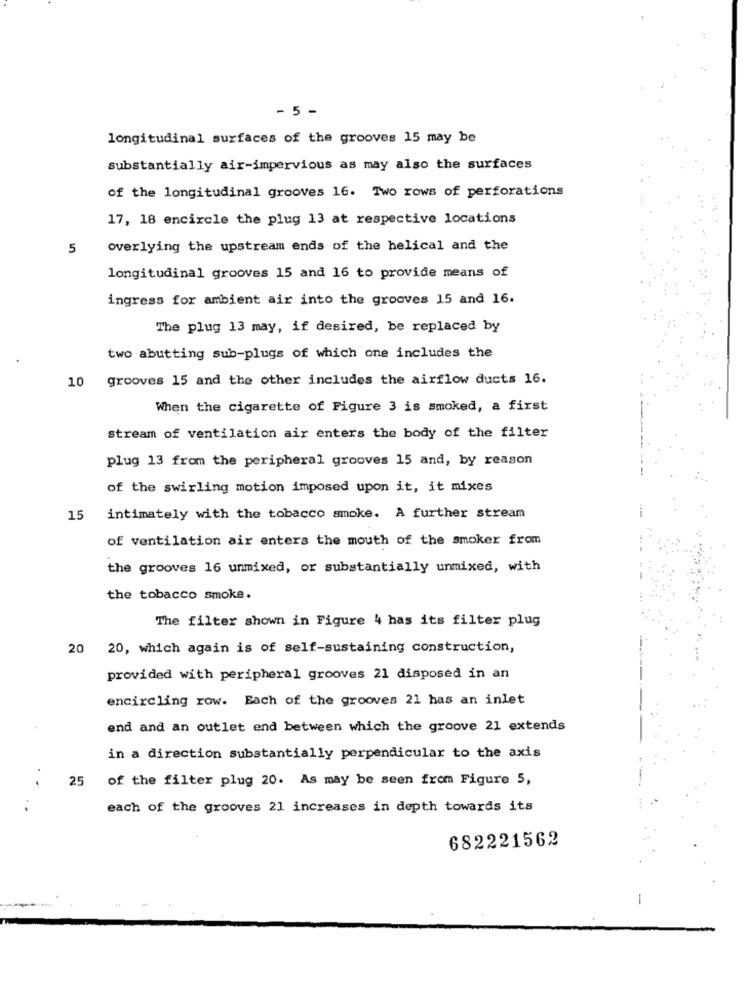
- 5 -
longitudinal surfaces of the grooves 15 may be
substantially air-impervious as may also the surfaces
of the longitudinal grooves 16. Two rows of perforations
17, 18 encircle the plug 13 at respective locations
5
overlying the upstream ends of the helical and the
longitudinal grooves 15 and 16 to provide means of
ingress for ambient air into the grooves 15 and 16.
The plug 13 may, if desired, be replaced by
two abutting sub-plugs of which one includes the
10 grooves 15 and the other includes the airflow ducts 16.
When the cigarette of Figure 3 is smoked, a first
stream of ventilation air enters the body of the filter
plug 13 from the peripheral grooves 15 and, by reason
of the swirling motion imposed upon it, it mixes
15
intimately with the tobacco smoke. A further stream
of ventilation air enters the mouth of the smoker from
the grooves 16 unmixed, or substantially unmixed, with
the tobacco smoke.
The filter shown in Figure 4 has its filter plug
20
20, which again is of self-sustaining construction,
provided with peripheral grooves 21 disposed in an
encircling row. Each of the grooves 21 has an inlet
end and an outlet end between which the groove 21 extends
in a direction substantially perpendicular to the axis
25
of the filter plug 20. As may be seen from Figure 5,
..
each of the grooves 21 increases in depth towards its
682221562
-